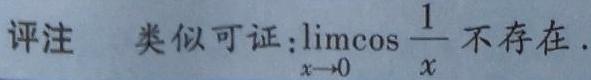
评注 类似可证:$\lim\limits_{x \to 0} \cos \dfrac{1}{x}$不存在.